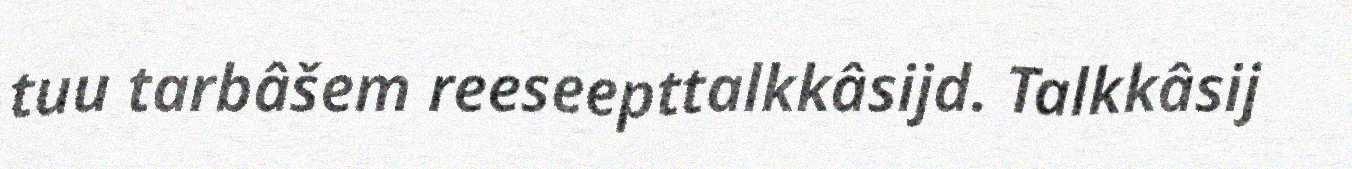
tuu tarbâšem reeseepttalkkâsijd. Talkkâsij